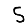
Digit: 5